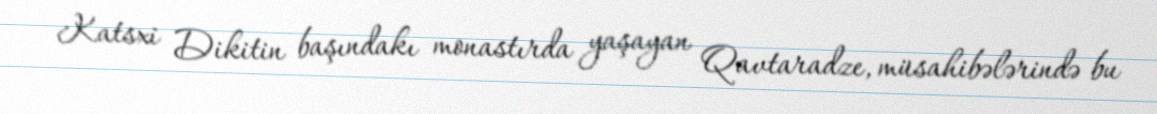
Katsxi Dikitin başındakı monastırda yaşayan Qavtaradze, müsahibələrində bu